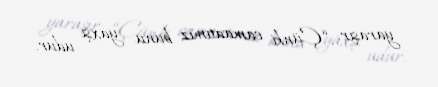
yaraşır: “Çünki camaatımız bunu yaxşı udur.